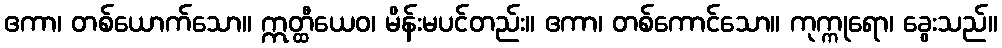
ဧကာ၊ တစ်ယောက်သော။ ဣတ္ထီယေဝ၊ မိန်းမပင်တည်း။ ဧကာ၊ တစ်ကောင်သော။ ကုက္ကုရော၊ ခွေးသည်။